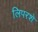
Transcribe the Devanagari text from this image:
लिपरशे